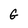
Character: G